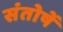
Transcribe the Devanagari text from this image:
संतोषें